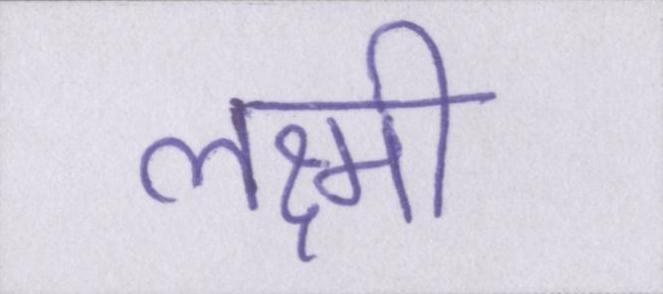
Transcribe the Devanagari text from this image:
लक्ष्मी